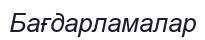
Бағдарламалар